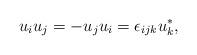
\begin{align*}u_{i} u_{j} = - u_{j} u_{i} = \epsilon_{ijk} u_{k}^{*}, \end{align*}